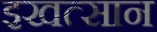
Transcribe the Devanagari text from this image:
इखत्सान